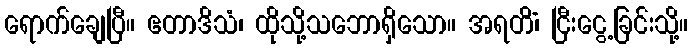
ရောက်ချေပြီ။ ဧတာဒိသံ၊ ထိုသို့သဘောရှိသော။ အရတိံ၊ ငြီးငွေ့ခြင်းသို့။